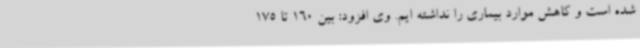
شده است و کاهش موارد بیماری را نداشته ایم. وی افزود: بین 160 تا 175